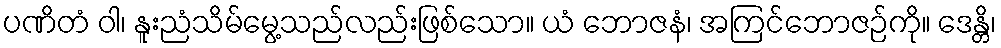
ပဏိတံ ဝါ၊ နူးညံသိမ်မွေ့သည်လည်းဖြစ်သော။ ယံ ဘောဇနံ၊ အကြင်ဘောဇဉ်ကို။ ဒေန္တိ၊